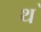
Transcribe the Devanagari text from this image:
थ॓